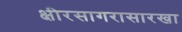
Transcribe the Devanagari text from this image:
क्षीरसागरासारखा